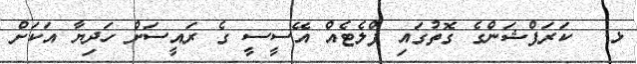
ޅ.  ކަރަޕްޝަންގެ ގޮތުގައި ފްލެޓެއް އޭސީސީ ގެ ރައީސަށް ހަދިޔާ އަކަށް